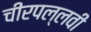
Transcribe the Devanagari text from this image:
चीरपल्लवी